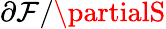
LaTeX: \partial\mathcal{F}/\partialS